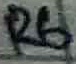
Text: R6